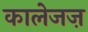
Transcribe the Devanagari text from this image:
कालेजज़